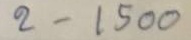
2 - 1500